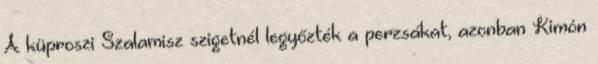
A küproszi Szalamisz szigetnél legyőzték a perzsákat, azonban Kimón